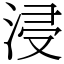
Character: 浸